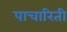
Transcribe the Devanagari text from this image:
पाचारिती